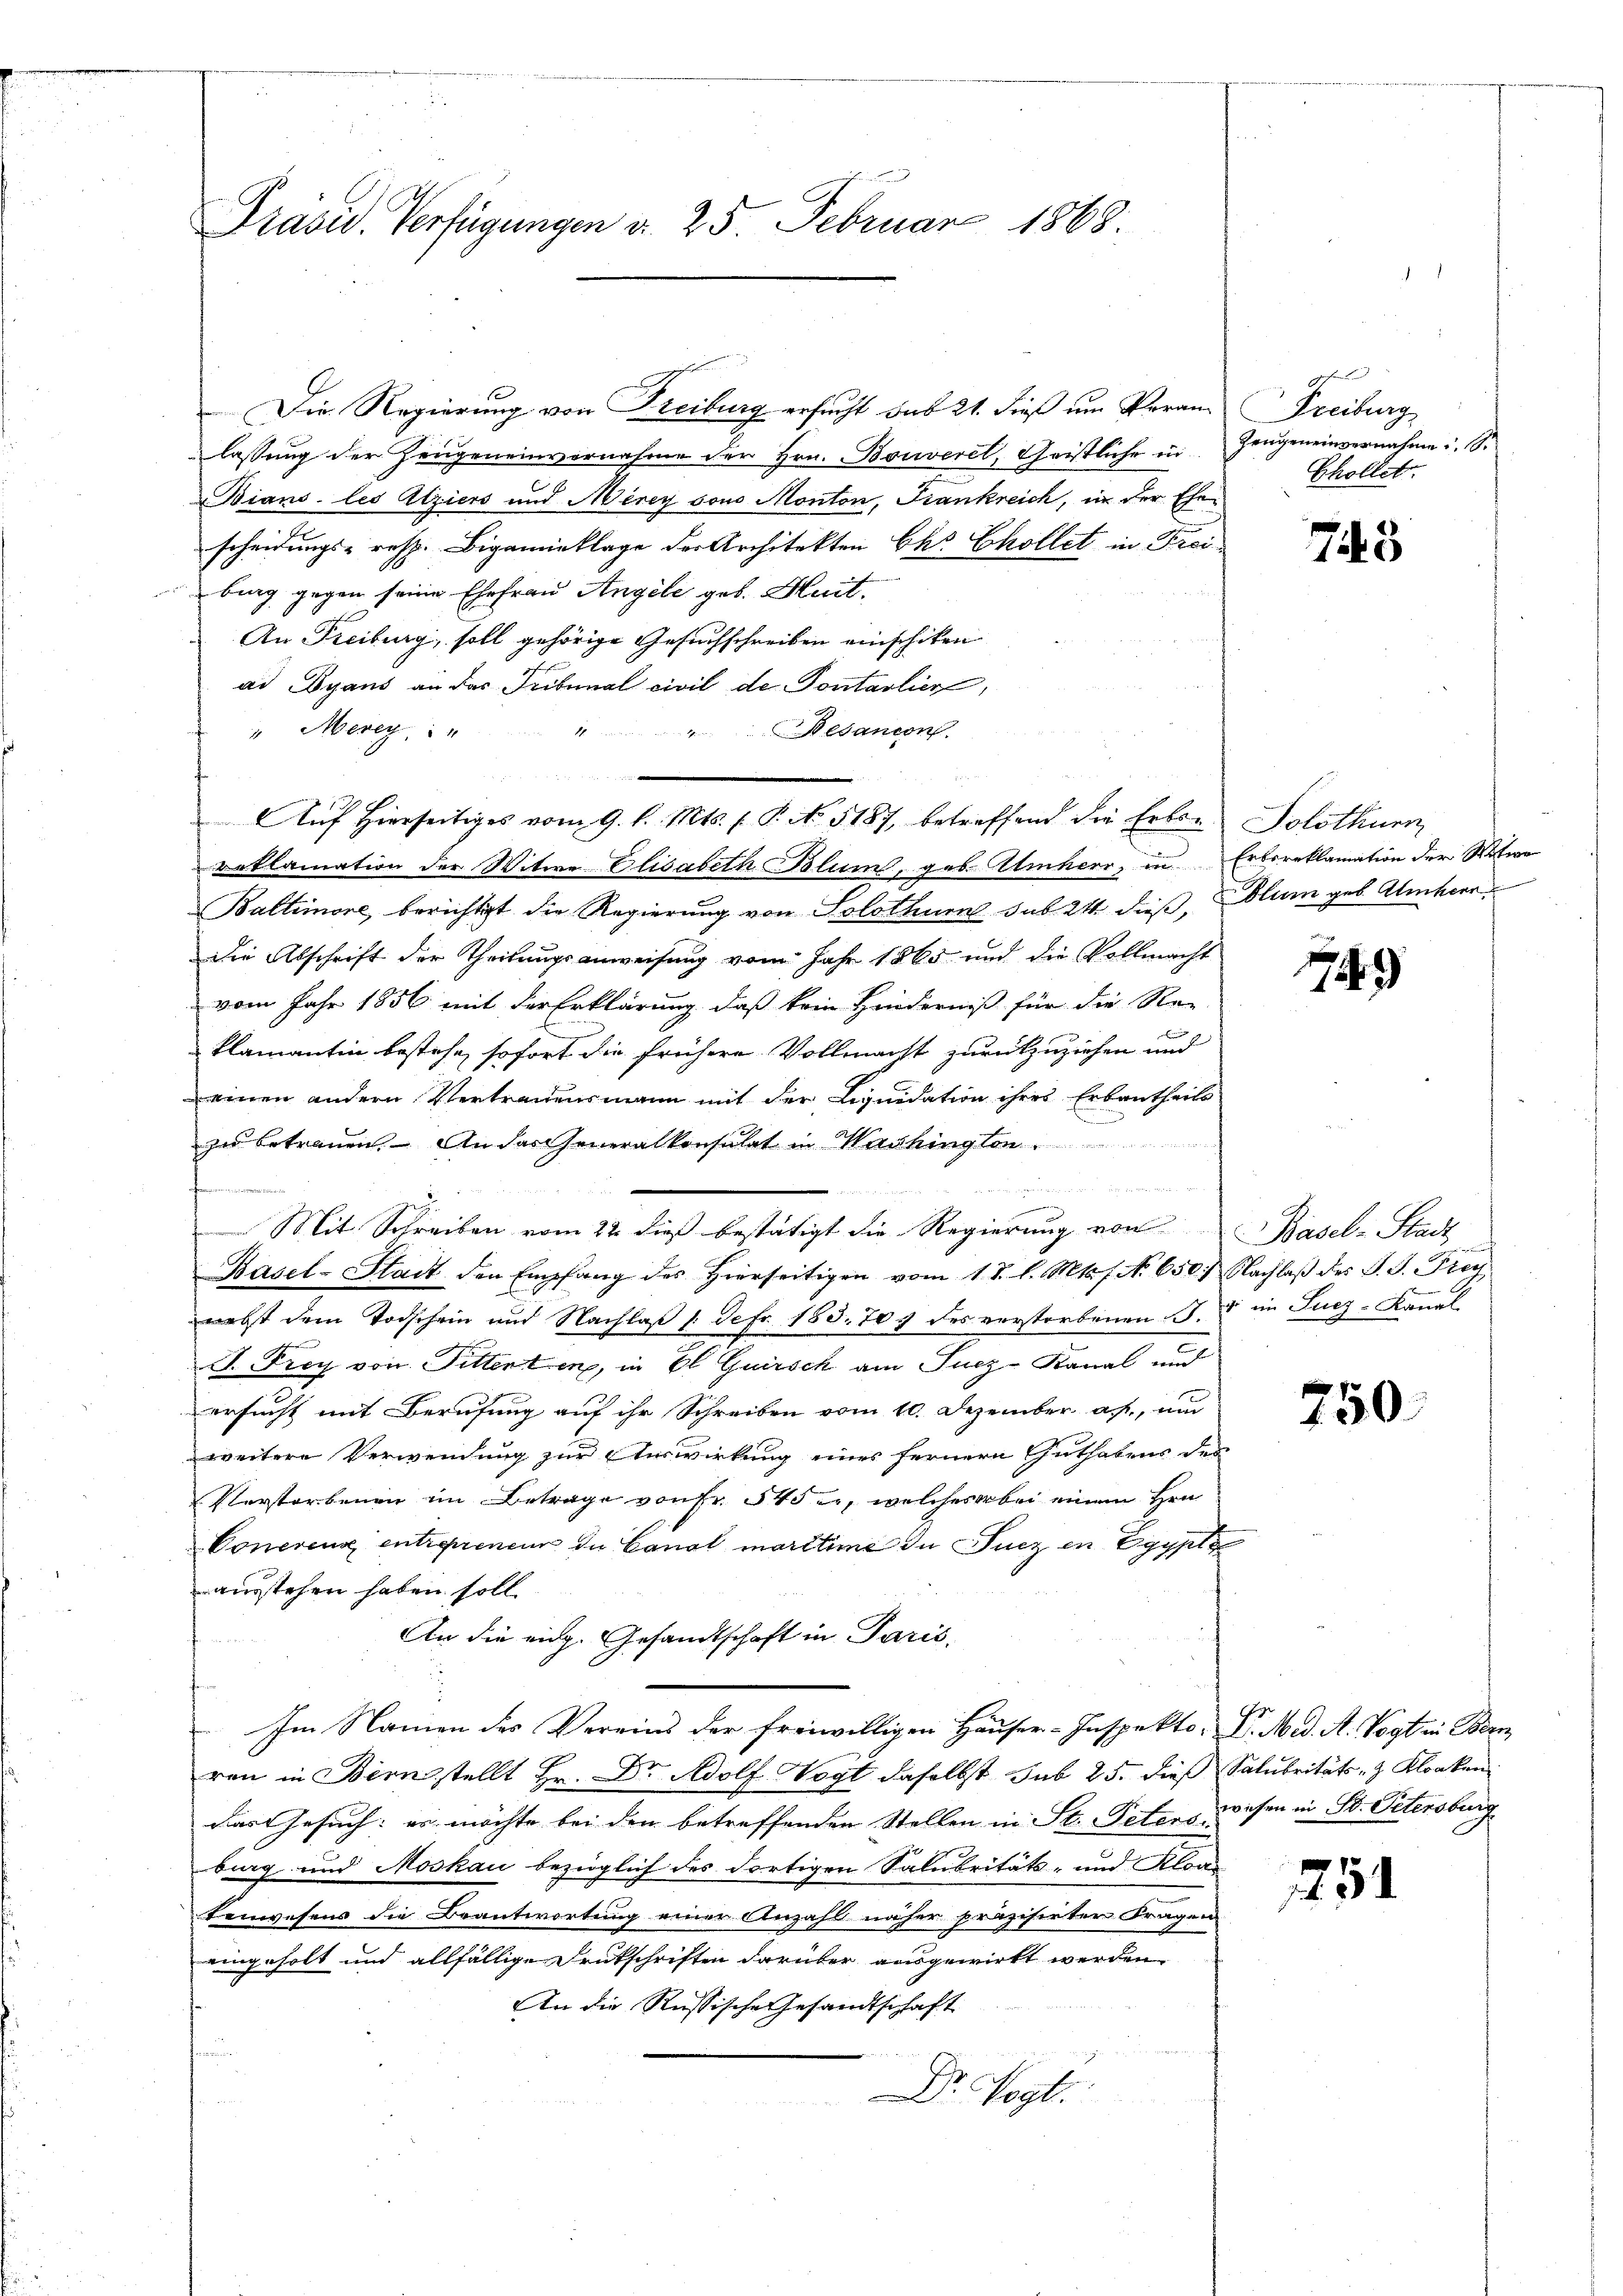
Präsid. Verfügungen d. 25. Februar 1868.

lassung der Zeugeneinvernahme der Hrn. Bouveril, Christliche in
Bians les Ätziers und Merey sous Monton, Frankreich, in der Ehescheidungs- resp. Bigamieklage der Architekten Chr Chollet in Freibing gegen seine Ehefrau Angele geb. Huit.
An Freiburg, soll gehörige Gesuchschreiben einschiken
ad Dyans an das Tribunal civil de Pontarlier
4
" Merey,
Besancon

roklamation der Witwe Elisabeth Blum, geb. Aliherr, zu
Baltimore, berichtigt die Regierung von Solothur sub 24 dieß, blum geb. Umherr
die Abschrift der Theilungsanweisung vom Jahr 1865 und die Vollmacht
vom Jahr 1856 mit der Erklärung, daß kein Hinderniß für die Re-
klamantin bestehe, sofort die frühere Vollmacht zurückzuziehen und
einen andern Vertrauensmann mit der Liquidation ihres Erbantheils
zu betrauen. An das Generalkonsulat in Washington
dheit der Rechten aber der Art der Wert

Mit Schreiben vom 22. dieß bestätigt die Regierung von
Basel-Stadt den Empfang des Hierseitigen vom 1. d. l. Mts. f. No 650. Nachlaβ des P. G. Frey
nebst dem Todschein und Nachlaß /: Sefr. 183. 705 des verstorbenen
J. Frey von Pitterten, in El Guirsch am Fucz-Kanal und
ersucht mit Berufung auf ihr Schreiben vom 10. Dezember a., und
weitere Verwendung zur Auswirkung eines fernern Guthabens der
Verstorbenen im Betrage von Fr. 545 er, welches bei einem Hrn.
Conerens entreprenen du Canal maritime in Sucz in Egypte
ausstehen haben soll.
An die eidg. Gesandtschaft in Paris,
Im Namen des Vereins der freiwilligen Häuser-Inspekto: V. Med. A. Vogt in Bern
ren in Bern stellt Hr. Dr Adolf Vogt daselbst sub 25. dieß Salubritäts- & Kloaken
das Gesuch: es möchte bei den betreffenden Stellen in St. Petens wesen in St. Petersburg
burg und Moskau bezüglich des dortigen Saluritäts- und Kloa
tenwesens die Beantwortung einer Anzahl näher präzisirter Fragen
eingeholt und allfällige Druckschriften darüber ausgewirkt werden
An die Russische Gesandtschaft
Dr. Vogt.

Die Regierung von Freiburg ersucht sub 21. dieß um Veran¬

Aŭf Hierseitiges vom 9. l. Mts. f. P. No. 5187, betreffend die Erben Solothurn

Freiburg
Zeugen einvernahme u. S.
Thollet.

745

Erbereklamation der Witwe

79

Basel-Stadt
v. ein Lucz-Kanal

750

751